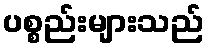
ပစ္စည်းများသည်